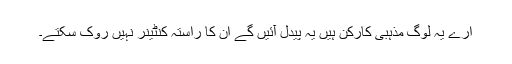
ارے یہ لوگ مذہبی کارکن ہیں یہ پیدل آئیں گے ان کا راستہ کنٹینر نہیں روک سکتے۔